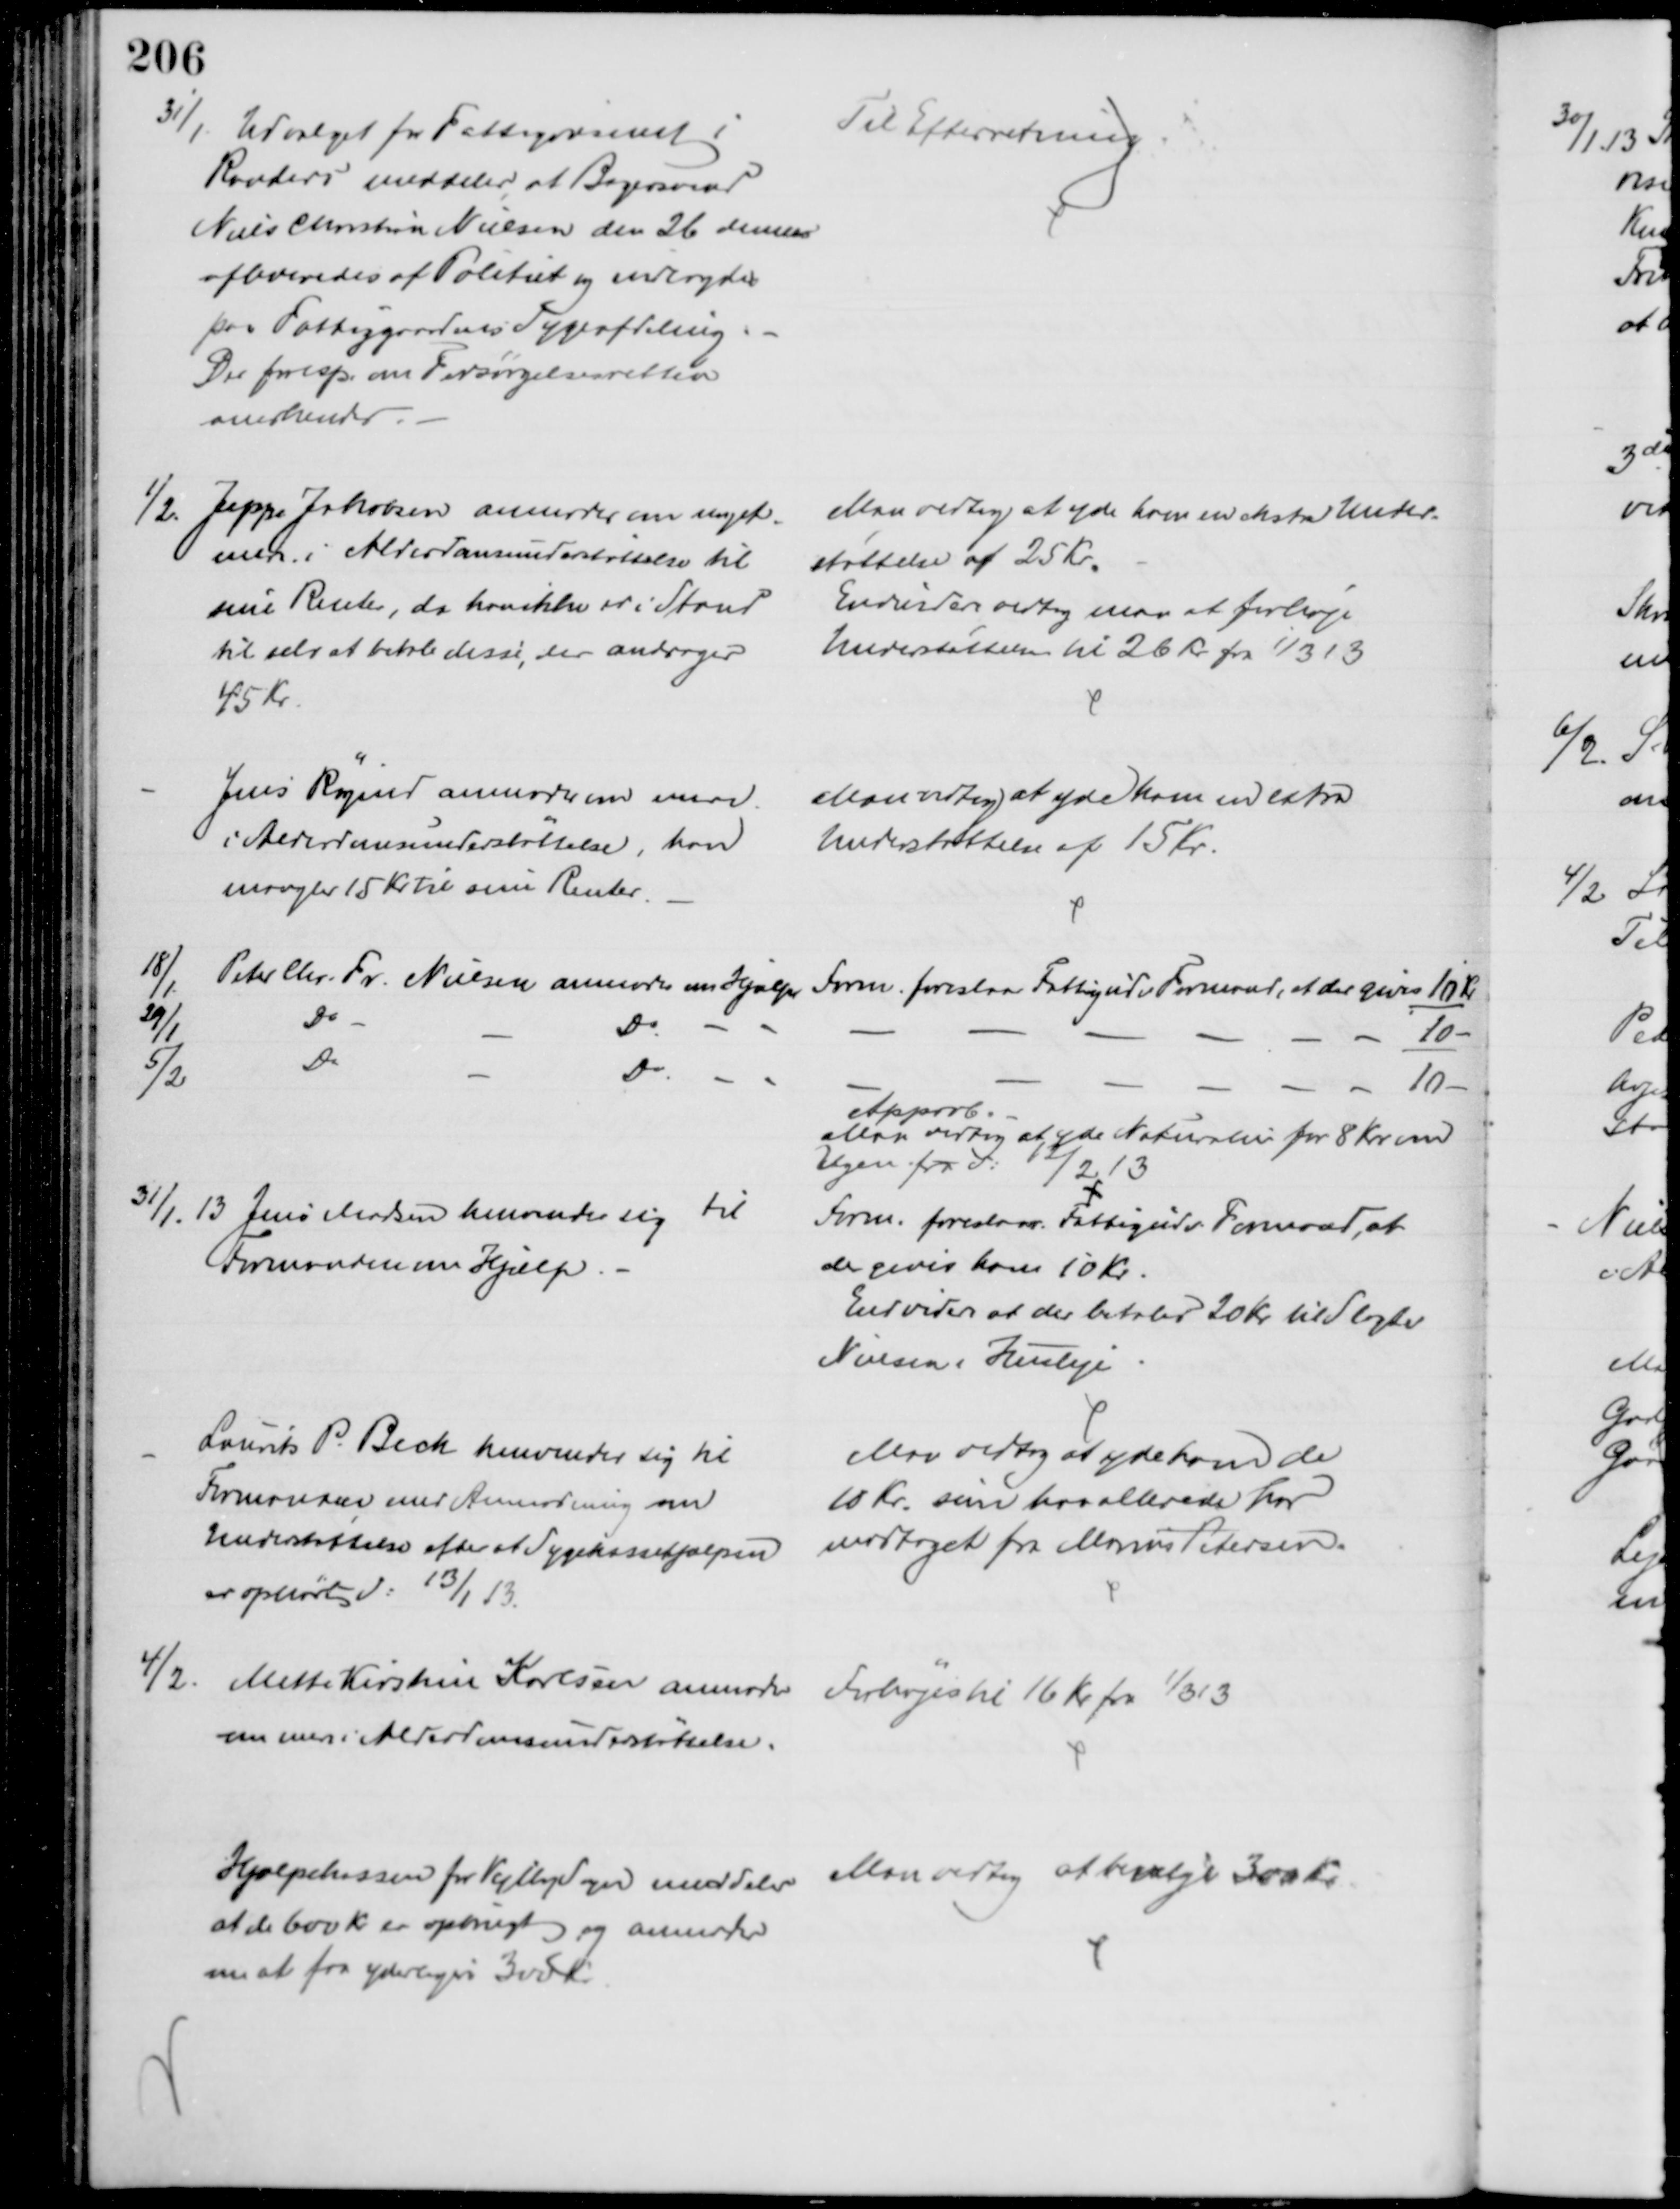
Transskription:
31/1. Udvalget for Fattigvæsenet i
Randers meddeler, at Bagersvend
Niels Christian Nielsen den 26 dennes
afleveredes af Politiet og indlagdes
paa Fattiggaardens Sygeafdeling
Der foresp. om Forsørgelsesretten
anerkendes
Til Efterretning.
1/2
Jeppe Jakobsen anmoder om noget
mere i Alderdomsunderstøttelse til
sine Renter, da han ikke er i Stand
til selv at betale disse, der andrager
45 Kr.
Man vedtog at yde ham en ekstra Under-
støttelse af 25 Kr.
Endvidere vedtog man at forhøje
Understøttelsen til 26 Kr. fra 1/3 13
Jens Røgind anmoder om mere
i Alderdomsunderstøttelse, han
mangler 15 Kr til sine Renter.
Man vedtog at yde ham en extra
Understøttelse af 15 Kr.
18/1
Peter Chr. Fr. Nielsen anmodes om Hjælp 
Form. foreslaar Fattigudv Formand, at der gives 10 Kr
29/1
Do
Do
10
5/2
Do
Do
10
Approb.
Man vedtog at yde Naturalier for 8 Kr om 
Ugen fra d: 12/2 13
31/1.13 Jens Madsen henvender sig til
Formanden om Hjælp.
Form. foreslaar Fattigudv Formand, at
der gives ham 10 Kr
Endvidere at der betales 20 Kr til Slagter
Nielsen i Husleje
Laurits P. Bech henvender sig til
Formanden med Anmodning om
Understøttelse efter at Sygekassehjælpen
er ophørt d: 13/1 13.
Man vedtog at yde ham de
10 Kr. som han allerede har
modtaget fra Marius Petersen.
4/2.
Mette Kirstine Karlsen anmoder
om mere i Alderdomsunderstøttelse.
Forhøjes til 16 Kr fra 1/3 13
Hjælpekassen for Vejlby Sogn meddeler 
at de 600 Kr er opbrugt og anmoder
om at faa yderligere 300 Kr
Man vedtog at bevilge 300 Kr.